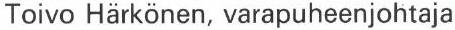
Toivo Härkönen, varapuheenjohtaja